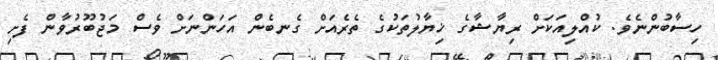
ހިސާބުންނެވެ. ކުއްލިއަކަށް ރިޔާޝާގެ ޚިޔާލުތަކުގެ ތެރެއަށް ގެނބެން އަހަންނަށް ވެސް މަޖުބޫރުވާން ފެށި